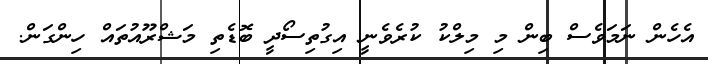
އެހެން ނަމަވެސް ބިން މި މިލްކު ކުރެވެނީ އިގުތިސޯދީ ބޮޑެތި މަޝްރޫއުތައް ހިންގަން.